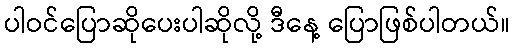
ပါဝင်ပြောဆိုပေးပါဆိုလို့ ဒီနေ့ ပြောဖြစ်ပါတယ်။